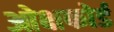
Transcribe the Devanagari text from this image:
ओक्षफोर्ड